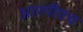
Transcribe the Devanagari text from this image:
आरपीएच